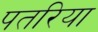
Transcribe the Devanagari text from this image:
पतरिया